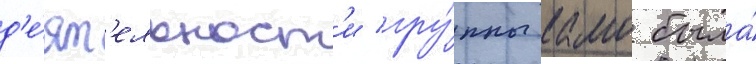
д'е́ят'ельност'и гру́ппы камо была́